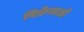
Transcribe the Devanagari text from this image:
विक्रेताऒं